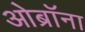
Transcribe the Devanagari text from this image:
ओब्रॉना